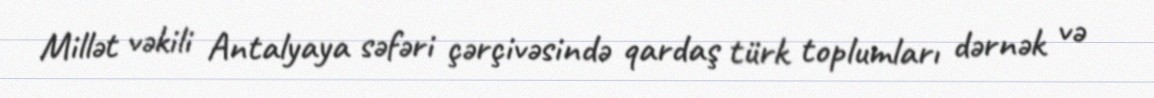
Millət vəkili Antalyaya səfəri çərçivəsində qardaş türk toplumları dərnək və